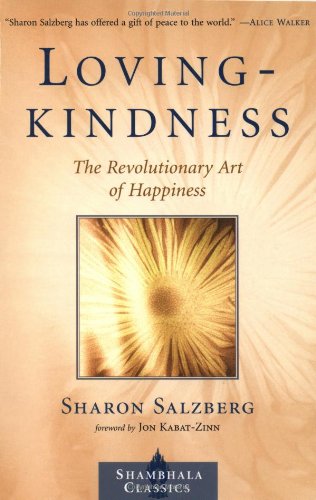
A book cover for Lovingkindness: The Revolutionary Art of Happiness (Shambhala Classics); Sharon Salzberg; Health, Fitness & Dieting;